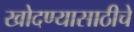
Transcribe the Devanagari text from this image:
खोदण्यासाठीचे